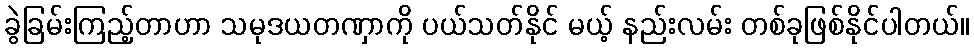
ခွဲခြမ်းကြည့်တာဟာ သမုဒယတဏှာကို ပယ်သတ်နိုင် မယ့် နည်းလမ်း တစ်ခုဖြစ်နိုင်ပါတယ်။